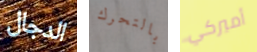
الدجال بالتحرك أميركي